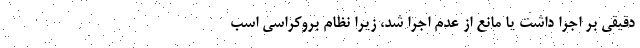
دقیقی بر اجرا داشت یا مانع از عدم اجرا شد، زیرا نظام بروکراسی اسب